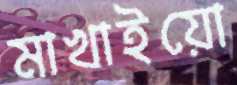
মাখাইয়ো